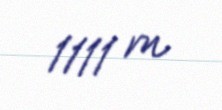
1111 m